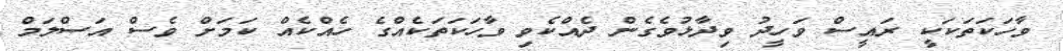
ވާހަކަތަކަކީ ރައީސް ވަހީދު ވިދާޅުވެގެން ދެއްކެވި ވާހަކަތަކެއްގެ ހެއްކެއް ކަމަށް ވެސް އަސްލަމް